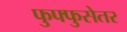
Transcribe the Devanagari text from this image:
फुफ्फुसेतर